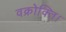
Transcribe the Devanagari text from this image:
वक्रोक्ति।